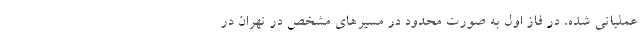
عملیاتی شده، در فاز اول به صورت محدود در مسیرهای مشخص در تهران در